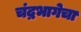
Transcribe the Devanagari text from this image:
चंद्रभागेचा